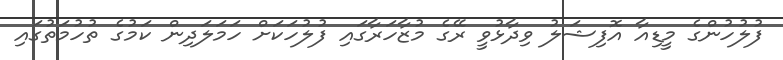
ފުލުހުންގެ މީޑިއާ އޮފިޝަލު ވިދާޅުވީ ރޭގެ މުޒާހަރާގައި ފުލުހަކަށް ހަމަލަދިން ކަމުގެ ތުހުމަތުގައި